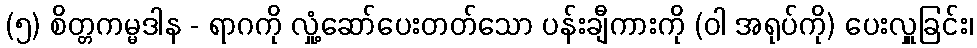
(၅) စိတ္တကမ္မဒါန - ရာဂကို လှုံ့ဆော်ပေးတတ်သော ပန်းချီကားကို (ဝါ အရုပ်ကို) ပေးလှူခြင်း၊